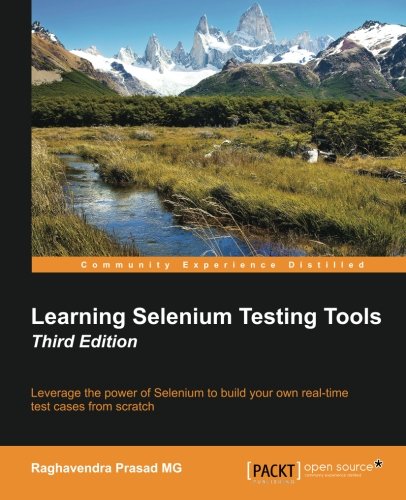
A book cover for Learning Selenium Testing Tools - Third Edition; Raghavendra Prasad MG; Computers & Technology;